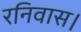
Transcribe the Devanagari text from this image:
रनिवास।